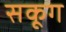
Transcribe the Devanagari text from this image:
सकूग